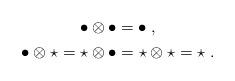
LaTeX: \begin{align*}\begin{gathered}\bullet\otimes\bullet=\bullet\;,\\\bullet\otimes\star=\star\otimes\bullet=\star\otimes\star=\star\;.\end{gathered}\end{align*}